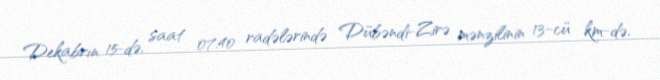
Dekabrın 15-də, saat 07.40 radələrində Dübəndi-Zirə mənzilinin 13-cü km-də,